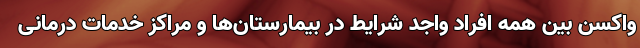
واکسن بین همه افراد واجد شرایط در بیمارستان‌ها و مراکز خدمات درمانی